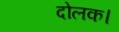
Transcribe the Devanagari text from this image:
दोलक।